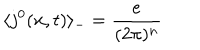
\langle j ^ { 0 } ( { \bf x } , t ) \rangle _ { - } = \frac { e } { ( 2 \pi ) ^ { n } }